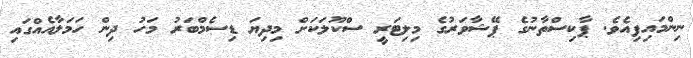
ނިންމައިފިއެވެ. ޕާކިސްތާނުގެ ޕޭޝާވަރުގެ މިލިޓަރީ ސްކޫލަކަށް މިދިޔަ ޑިސެމްބަރު މަހު ދިން ހަމަލާއެއްގައި